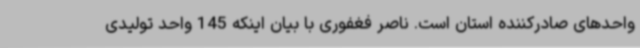
واحدهای صادرکننده استان است. ناصر فغفوری با بیان اینکه 145 واحد تولیدی